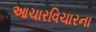
આચારવિચારના